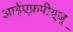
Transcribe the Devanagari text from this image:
आईएफ़पीयूजू